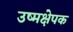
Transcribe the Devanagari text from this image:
उष्मक्षेपक